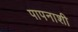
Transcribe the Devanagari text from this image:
पापनाशी